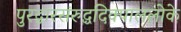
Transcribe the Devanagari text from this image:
पुरद्वारसंरुद्धदिक्पाललोके